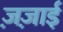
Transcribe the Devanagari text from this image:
ज़ज़ाई